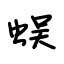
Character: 蜈